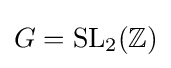
G=\mathrm {SL} _{2}(\mathbb {Z} )